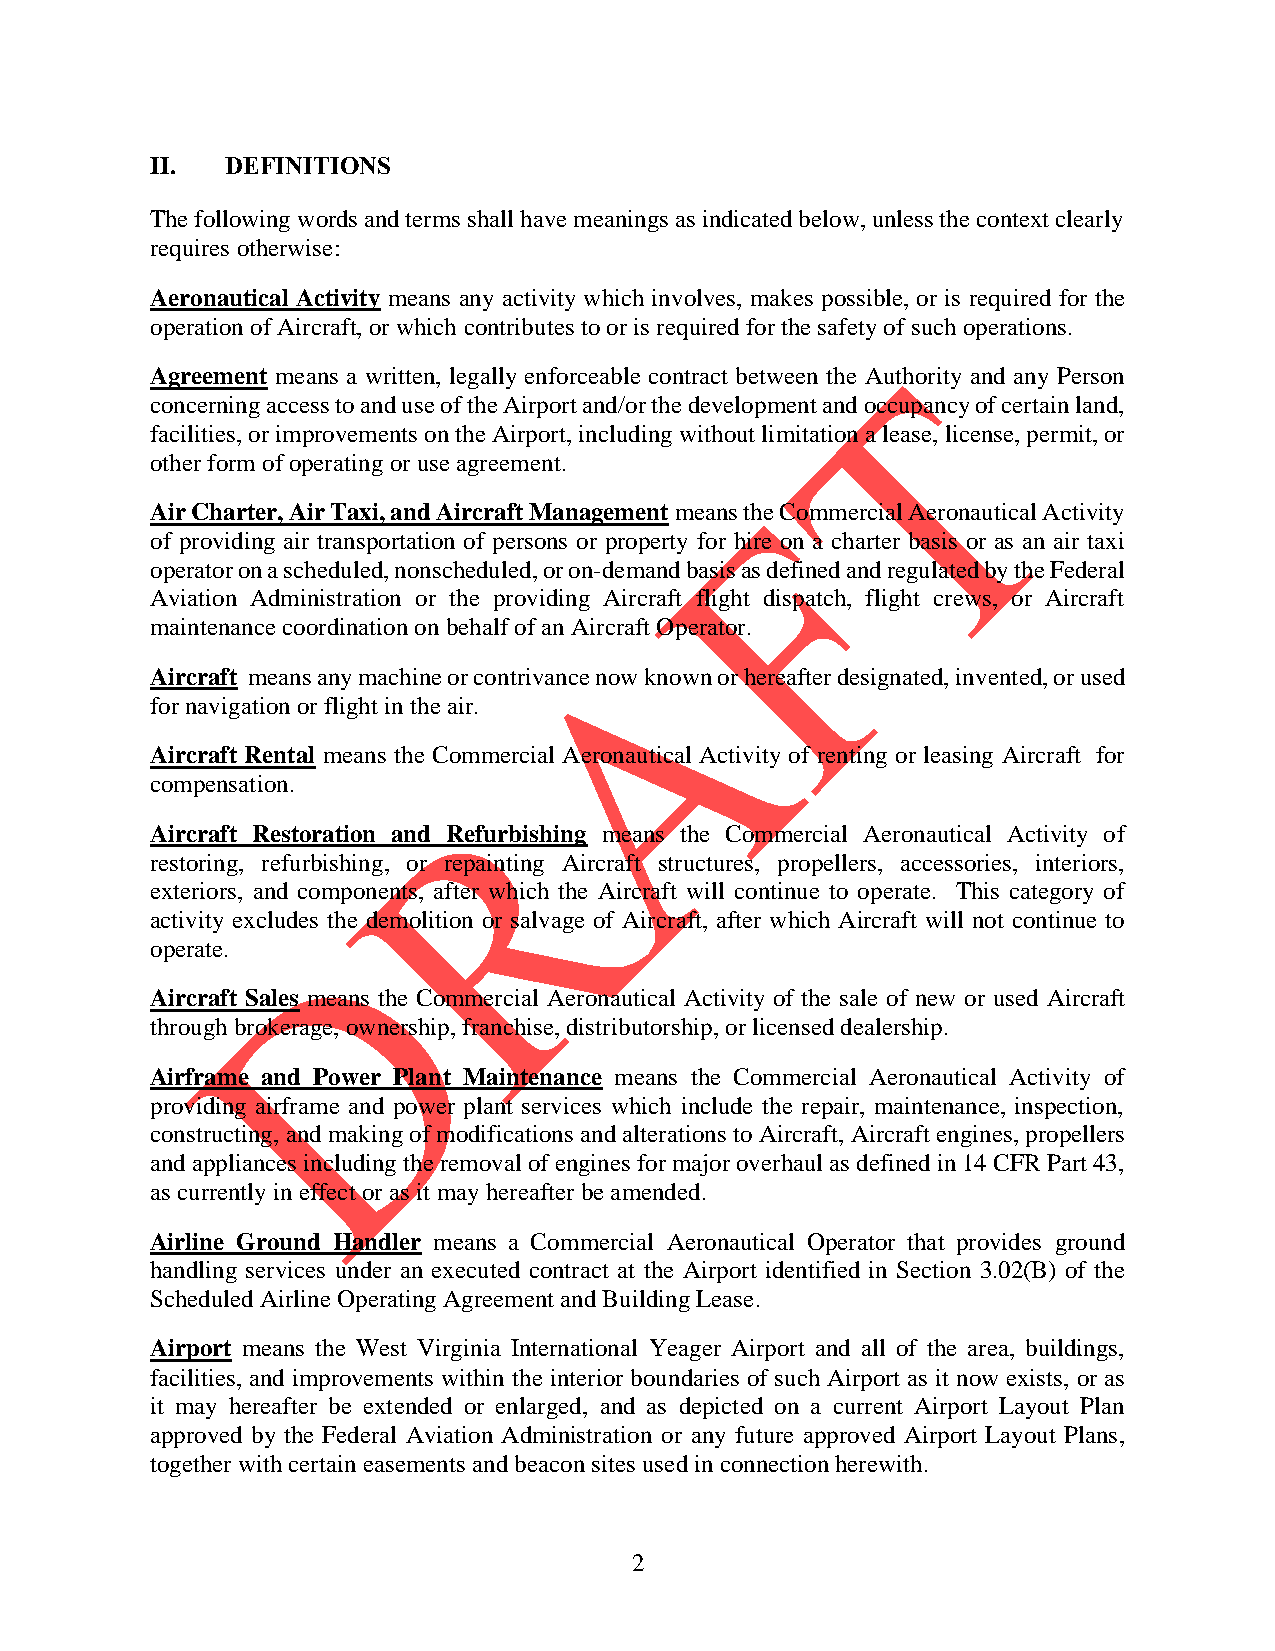
II.  DEFINITIONS
 The following words and terms shall have meanings as indicated below, unless the context clearly
 requires otherwise:
 Aeronautical Activity means any activity which involves, makes possible, or is required for the
 operation of Aircraft, or which contributes to or is required for the safety of such operations.
 Agreement means a written, legally enforceable contract between the Authority and any Person
 concerning access to and use of the Airport and/or the development and occupancy of certain land,
 facilities, or improvements on the Airport, including without limitation a lease, license, permit, or
 other form of operating or use agreement.
 Air Charter, Air Taxi, and Aircraft Management means the Commercial Aeronautical Activity
 of providing air transportation of persons or property for hire on a charter basis or as an air taxi
 operator on a scheduled, nonscheduled, or on-demand basis as defined and regulated by the Federal
 Aviation Administration or the providing Aircraft flight dispatch, flight crews, or Aircraft
 maintenance coordination on behalf of an Aircraft Operator.
 Aircraft means any machine or contrivance now known or hereafter designated, invented, or used
 for navigation or flight in the air.
 Aircraft Rental means the Commercial Aeronautical Activity of renting or leasing Aircraft for
 compensation.
 Aircraft Restoration and Refurbishing means the Commercial Aeronautical Activity of
 restoring, refurbishing, or repainting Aircraft structures, propellers, accessories, interiors,
 exteriors, and components, after which the Aircraft will continue to operate. This category of
 activity excludes the demolition or salvage of Aircraft, after which Aircraft will not continue to
 operate.
 Aircraft Sales means the Commercial Aeronautical Activity of the sale of new or used Aircraft
 through brokerage, ownership, franchise, distributorship, or licensed dealership.
 Airframe and Power Plant Maintenance means the Commercial Aeronautical Activity of
 providing airframe and power plant services which include the repair, maintenance, inspection,
 constructing, and making of modifications and alterations to Aircraft, Aircraft engines, propellers
 and appliances including the removal of engines for major overhaul as defined in 14 CFR Part 43,
 as currently in effect or as it may hereafter be amended.
 Airline Ground Handler means a Commercial Aeronautical Operator that provides ground
 handling services under an executed contract at the Airport identified in Section 3.02(B) of the
 Scheduled Airline Operating Agreement and Building Lease.
 Airport means the West Virginia International Yeager Airport and all of the area, buildings,
 facilities, and improvements within the interior boundaries of such Airport as it now exists, or as
 it may hereafter be extended or enlarged, and as depicted on a current Airport Layout Plan
 approved by the Federal Aviation Administration or any future approved Airport Layout Plans,
 together with certain easements and beacon sites used in connection herewith.
 2